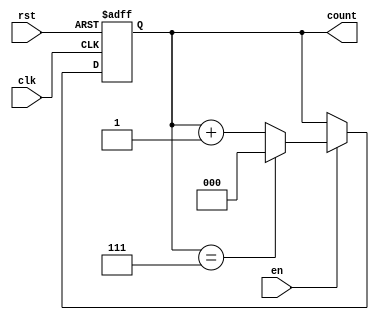
module ModulusCounter #(parameter N = 8) (
    input wire clk,        // Clock signal
    input wire rst,        // Asynchronous reset signal
    input wire en,         // Enable signal
    output reg [$clog2(N)-1:0] count // Count output
);

    // Counter logic
    always @(posedge clk or posedge rst) begin
        if (rst) begin
            count <= 0; // Reset counter to 0
        end else if (en) begin
            if (count == N-1) begin
                count <= 0; // Wrap around to 0
            end else begin
                count <= count + 1; // Increment counter
            end
        end
    end

endmodule